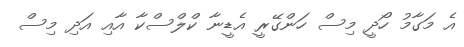
އެ މަގާމު ހޯދީ މިސް ހަންގޭރީ އެޑީނާ ކްލްސްކާ އާއި އަދި މިސް